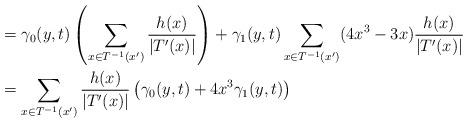
LaTeX: \begin{align*}\begin{aligned} & =\gamma_{0}(y,t)\left(\sum_{x\in T^{-1}(x')}\frac{h(x)}{\vert T'(x) \vert}\right)+\gamma_{1}(y,t)\sum_{x\in T^{-1}(x')}(4x^{3}-3x)\frac{h(x)}{\vert T'(x) \vert} \\ & = \sum_{x\in T^{-1}(x')}\frac{h(x)}{\vert T'(x) \vert}\left(\gamma_{0}(y,t)+4x^{3}\gamma_{1}(y,t)\right)\end{aligned}\end{align*}